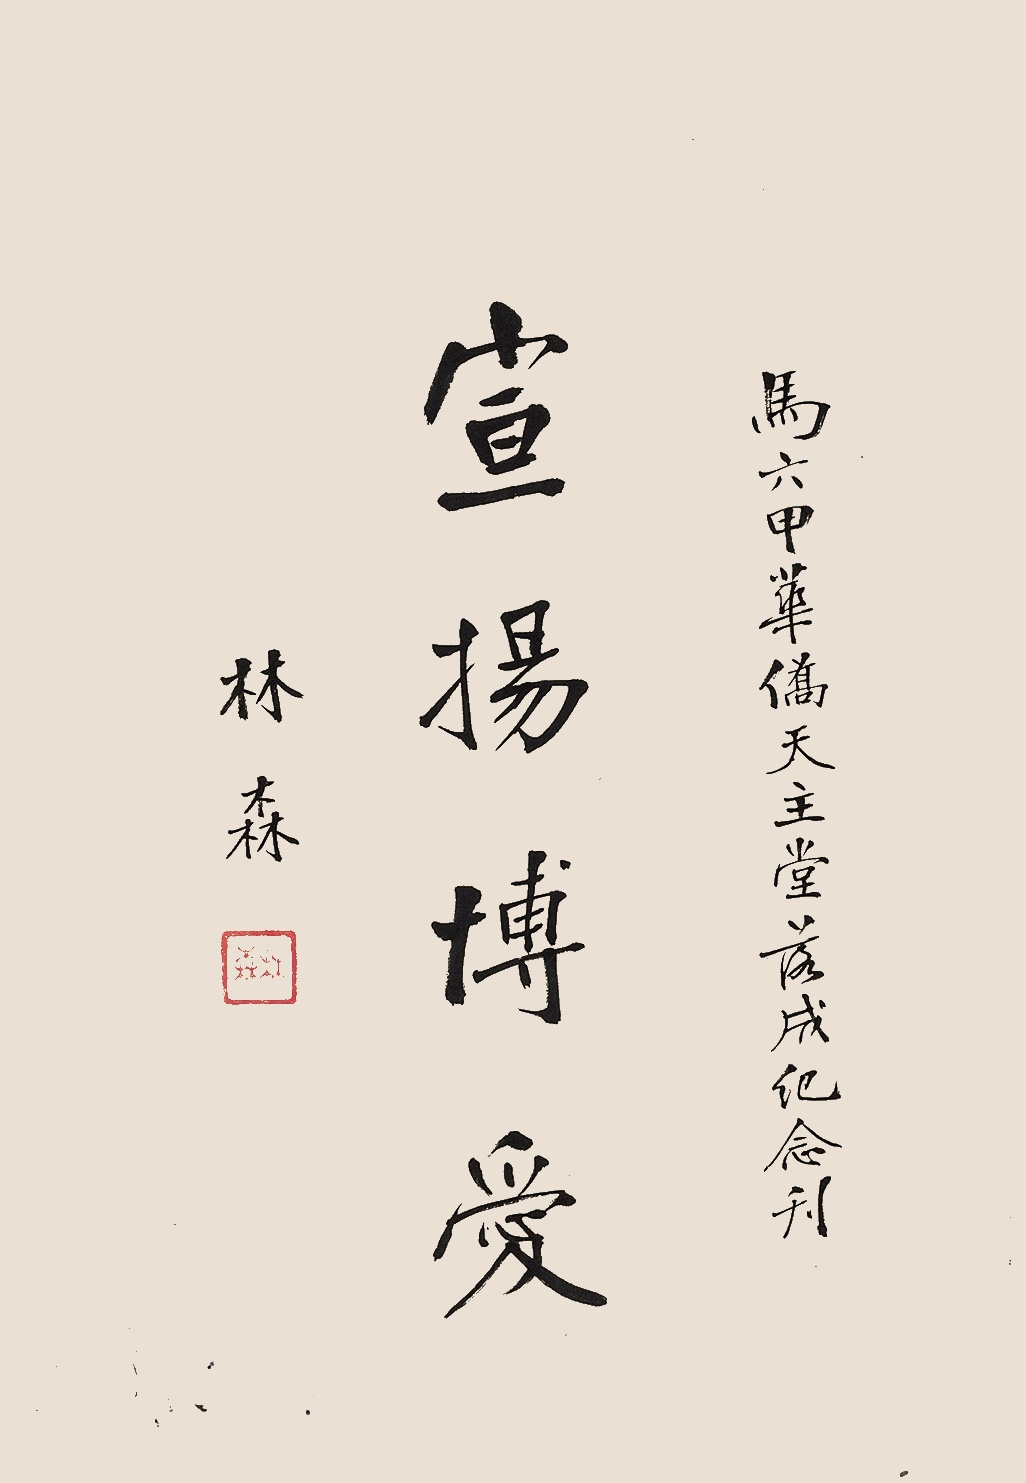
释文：宣扬博爱马六甲华侨天主堂落成纪念刊。林森。